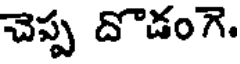
చెప్ప దొడంగె.